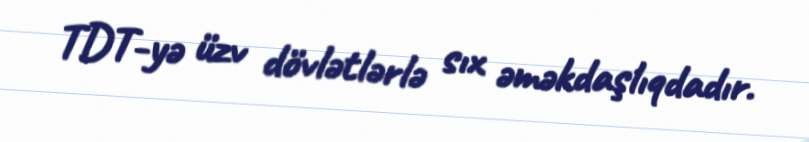
TDT-yə üzv dövlətlərlə sıx əməkdaşlıqdadır.